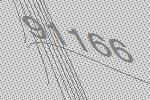
91166